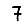
Digit: 7